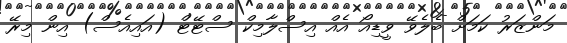
މަންޒަރު ކަމަށް ބެލެވޭ ވީޑިއޯ އެއް އިސްލާމިކް ސްޓޭޓް (އައިއެސް) އިން މިރޭ